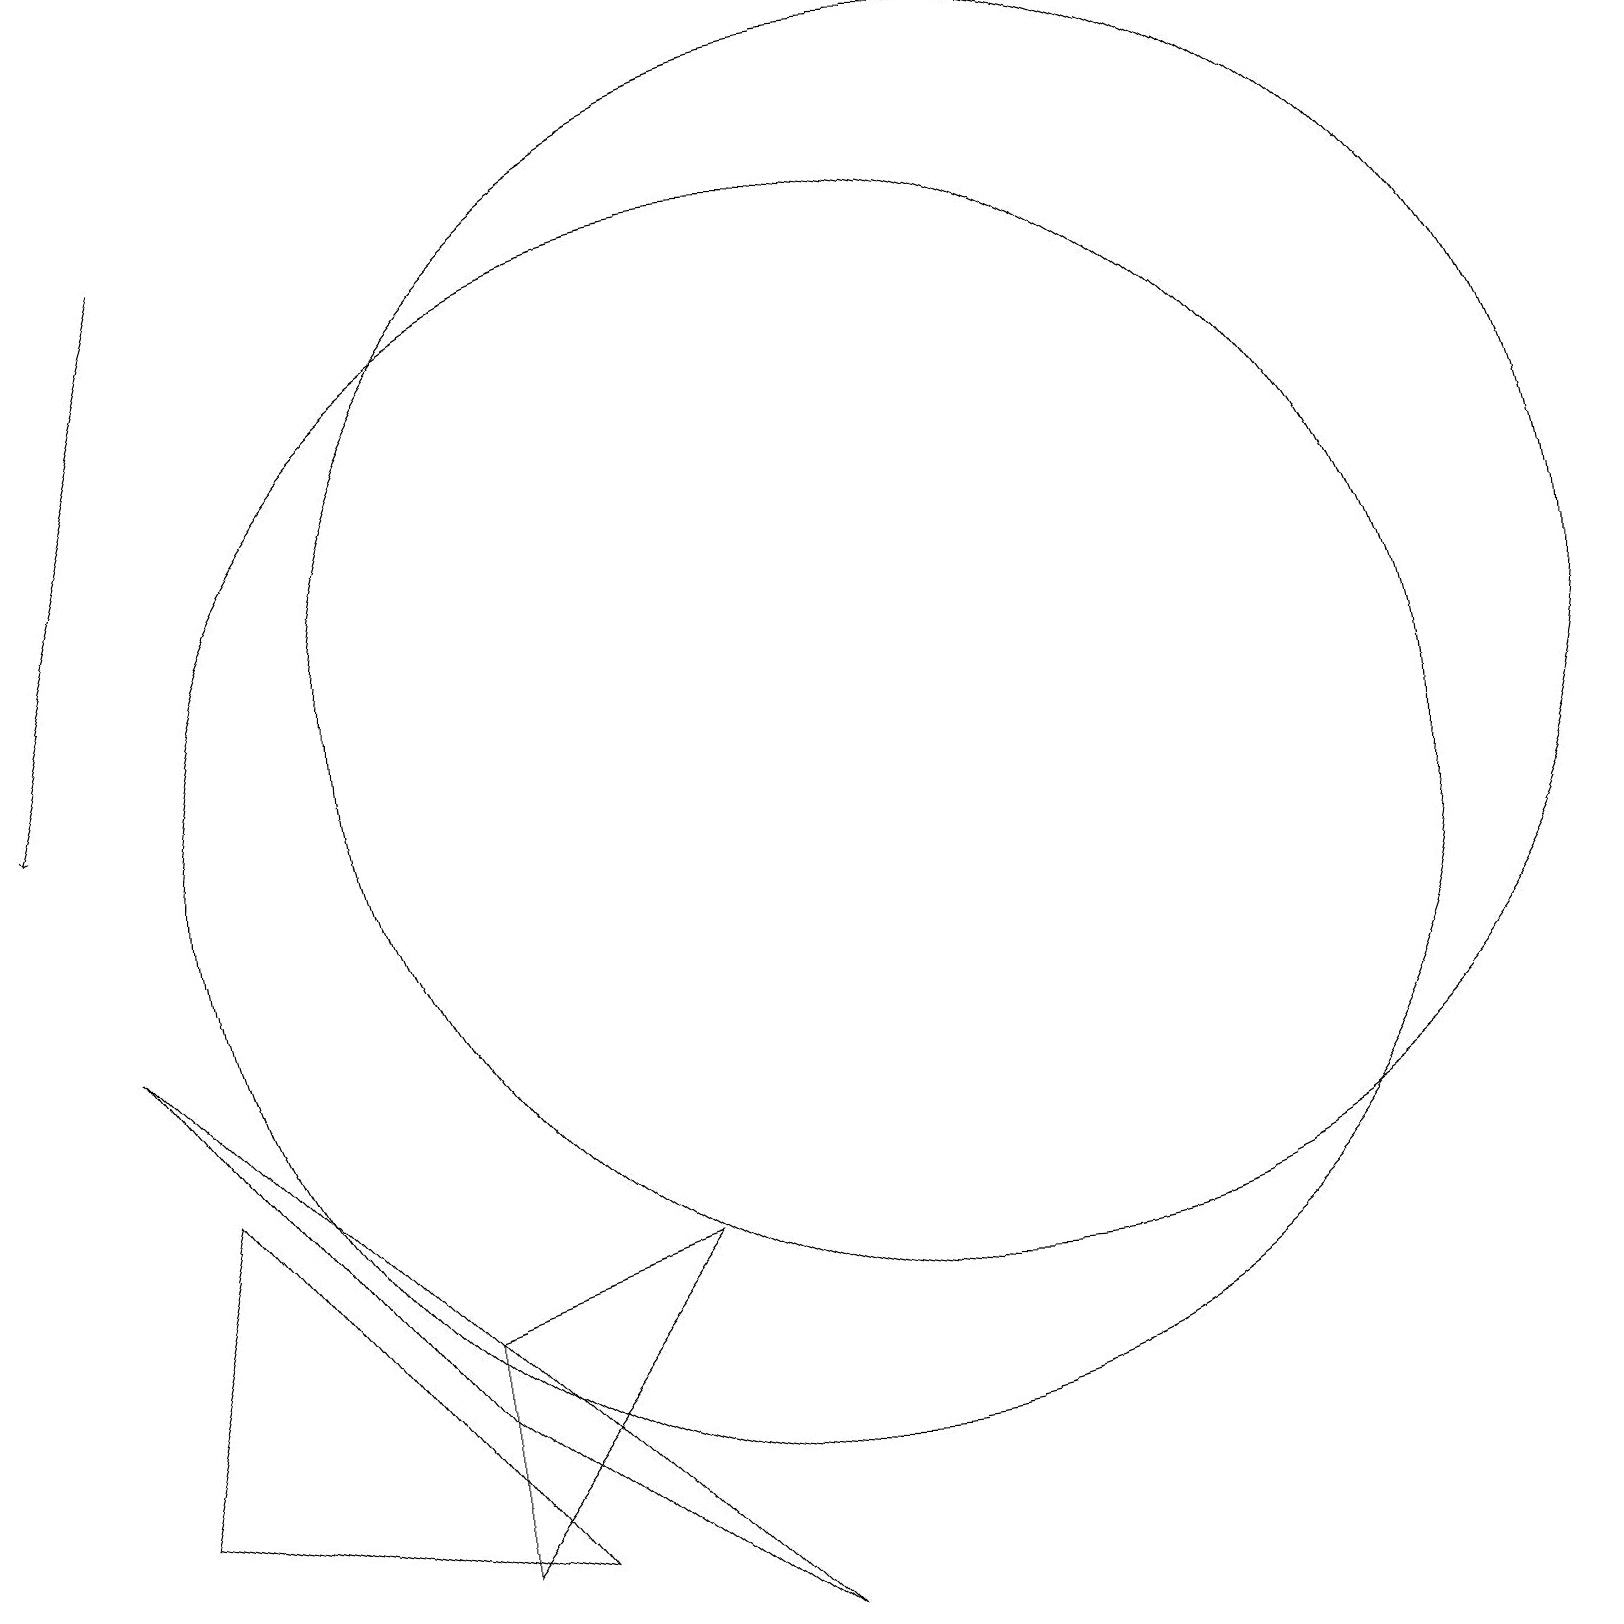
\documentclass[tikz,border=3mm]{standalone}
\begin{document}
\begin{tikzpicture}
\draw[->] (2,18) -- (0,11);
\draw (10,10) circle (8);
\draw (12,12) circle (8);
\draw (6,1) -- (1,2) -- (2,6) -- cycle;
\draw (8,5) -- (5,4) -- (5,1) -- cycle;
\draw (5,3) -- (9,0) -- (1,8) -- cycle;
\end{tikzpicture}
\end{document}